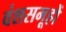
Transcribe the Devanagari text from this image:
वंशसमूहों